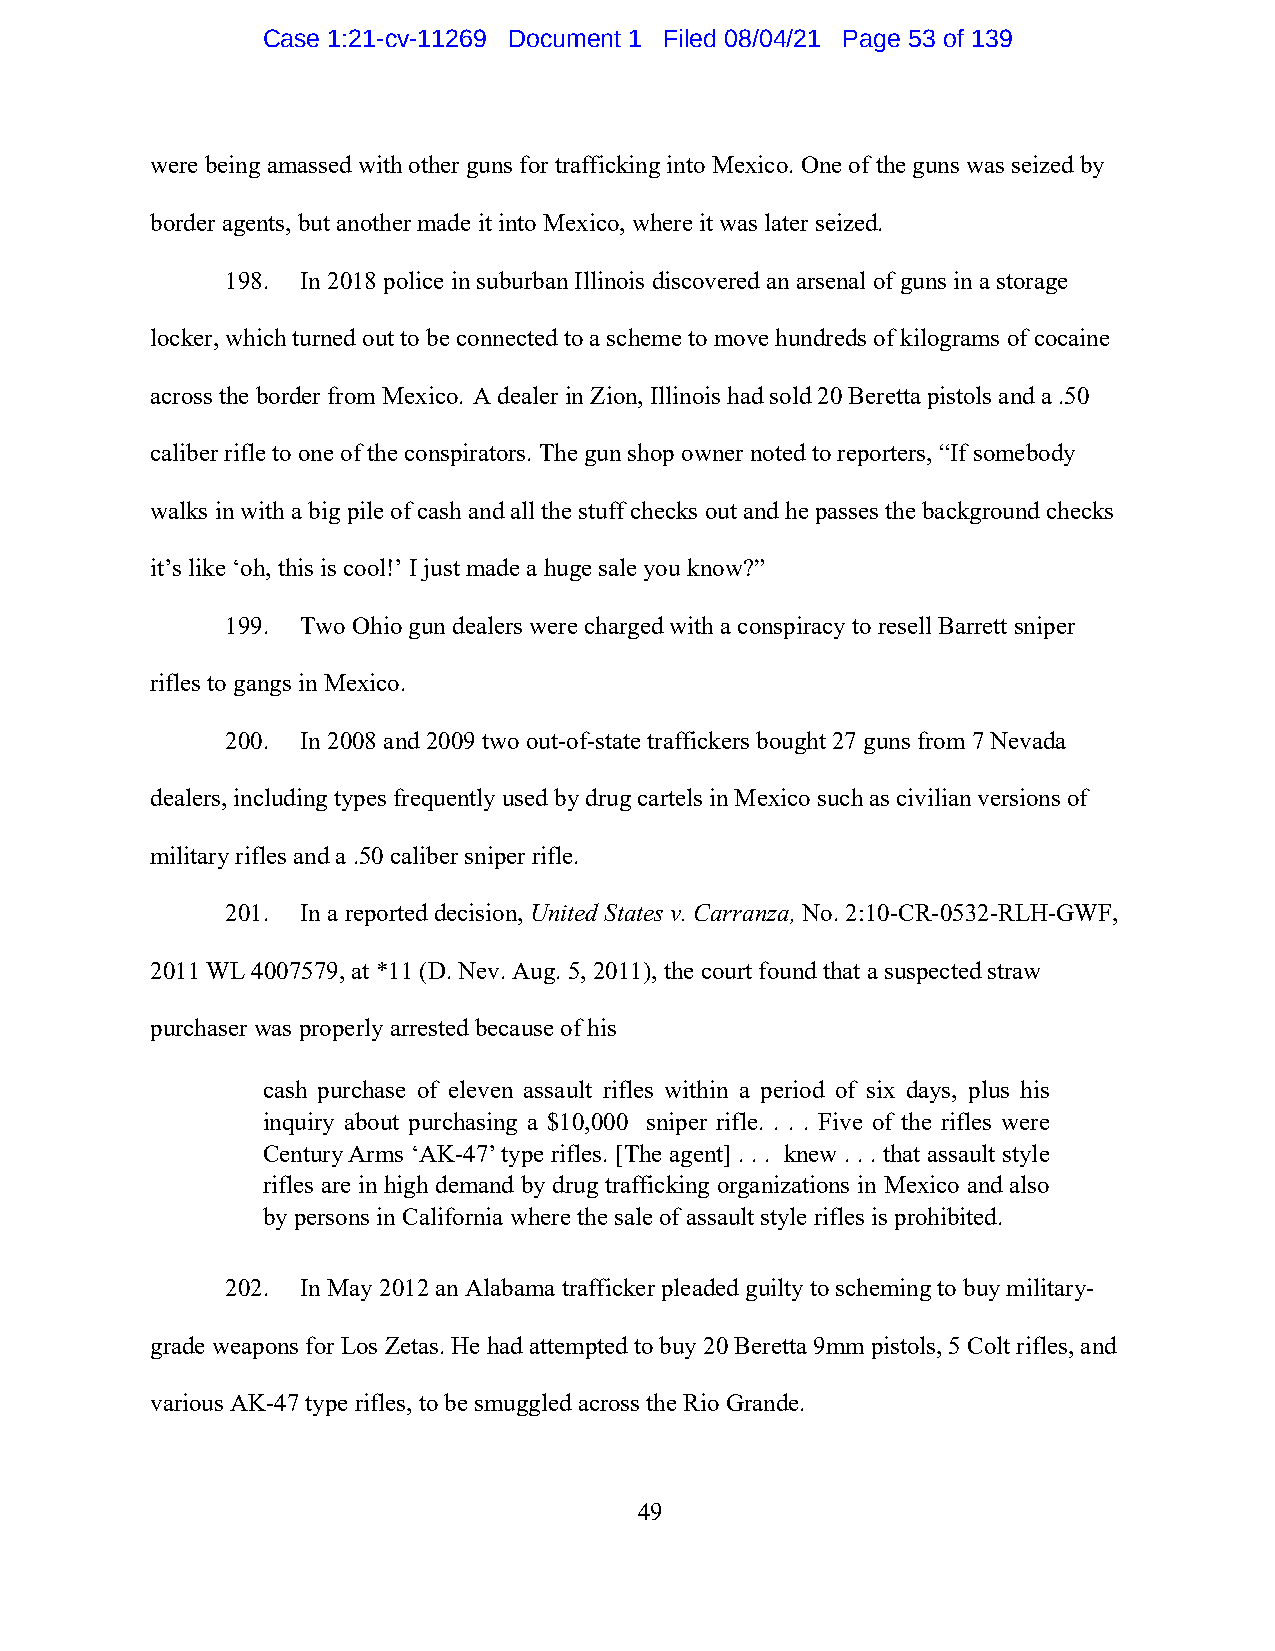
Case 1:21-cv-11269 Document 1 Filed 08/04/21 Page 53 of 139
 were being amassed with other guns for trafficking into Mexico. One of the guns was seized by
 border agents, but another made it into Mexico, where it was later seized.
 198. In 2018 police in suburban Illinois discovered an arsenal of guns in a storage
 locker, which turned out to be connected to a scheme to move hundreds of kilograms of cocaine
 across the border from Mexico. A dealer in Zion, Illinois had sold 20 Beretta pistols and a .50
 caliber rifle to one of the conspirators. The gun shop owner noted to reporters, “If somebody
 walks in with a big pile of cash and all the stuff checks out and he passes the background checks
 it’s like ‘oh, this is cool!’ I just made a huge sale you know?”
 199. Two Ohio gun dealers were charged with a conspiracy to resell Barrett sniper
 rifles to gangs in Mexico.
 200. In 2008 and 2009 two out-of-state traffickers bought 27 guns from 7 Nevada
 dealers, including types frequently used by drug cartels in Mexico such as civilian versions of
 military rifles and a .50 caliber sniper rifle.
 201. In a reported decision, United States v. Carranza, No. 2:10-CR-0532-RLH-GWF,
 2011 WL 4007579, at *11 (D. Nev. Aug. 5, 2011), the court found that a suspected straw
 purchaser was properly arrested because of his
 cash purchase of eleven assault rifles within a period of six days, plus his
 inquiry about purchasing a $10,000 sniper rifle. . . . Five of the rifles were
 Century Arms ‘AK-47’ type rifles. [The agent] . . . knew . . . that assault style
 rifles are in high demand by drug trafficking organizations in Mexico and also
 by persons in California where the sale of assault style rifles is prohibited.
 202. In May 2012 an Alabama trafficker pleaded guilty to scheming to buy military-
 grade weapons for Los Zetas. He had attempted to buy 20 Beretta 9mm pistols, 5 Colt rifles, and
 various AK-47 type rifles, to be smuggled across the Rio Grande.
 49